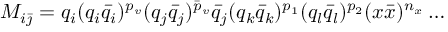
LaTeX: M _ { i \bar { \jmath } } = q _ { i } ( q _ { i } \bar { q } _ { i } ) ^ { p _ { v } } ( q _ { j } \bar { q } _ { j } ) ^ { \bar { p } _ { v } } \bar { q } _ { j } ( q _ { k } \bar { q } _ { k } ) ^ { p _ { 1 } } ( q _ { l } \bar { q } _ { l } ) ^ { p _ { 2 } } ( x \bar { x } ) ^ { n _ { x } } \ldots